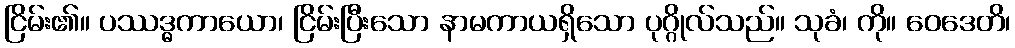
ငြိမ်း၏။ ပဿဒ္ဓကာယော၊ ငြိမ်းပြီးသော နာမကာယရှိသော ပုဂ္ဂိုလ်သည်။ သုခံ၊ ကို။ ဝေဒေတိ၊